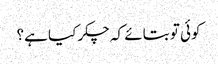
کوئی تو بتائے کہ چکر کیا ہے؟